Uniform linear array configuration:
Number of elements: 4
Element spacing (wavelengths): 0.25
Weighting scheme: exponential
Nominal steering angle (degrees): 45
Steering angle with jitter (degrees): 43.716
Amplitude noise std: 0.05
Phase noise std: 0.05

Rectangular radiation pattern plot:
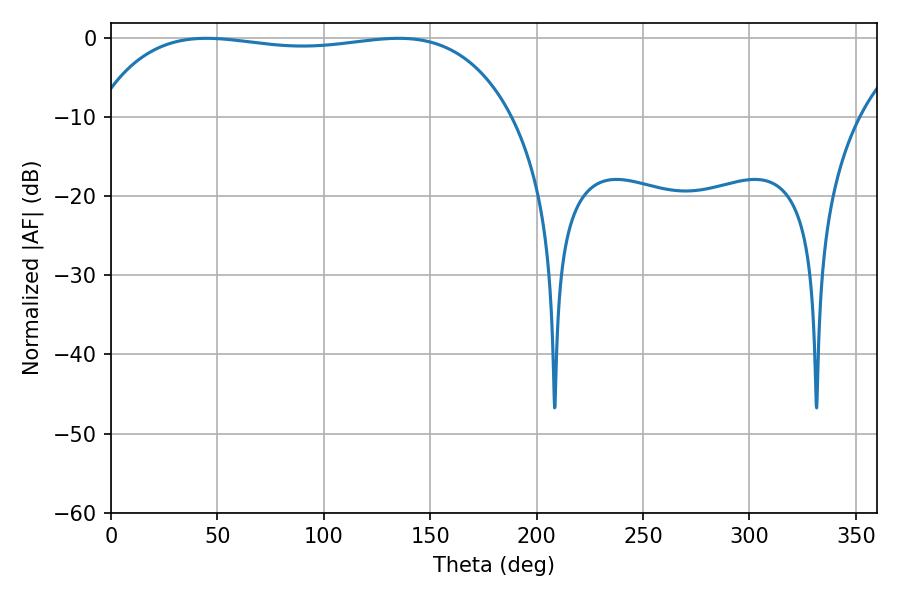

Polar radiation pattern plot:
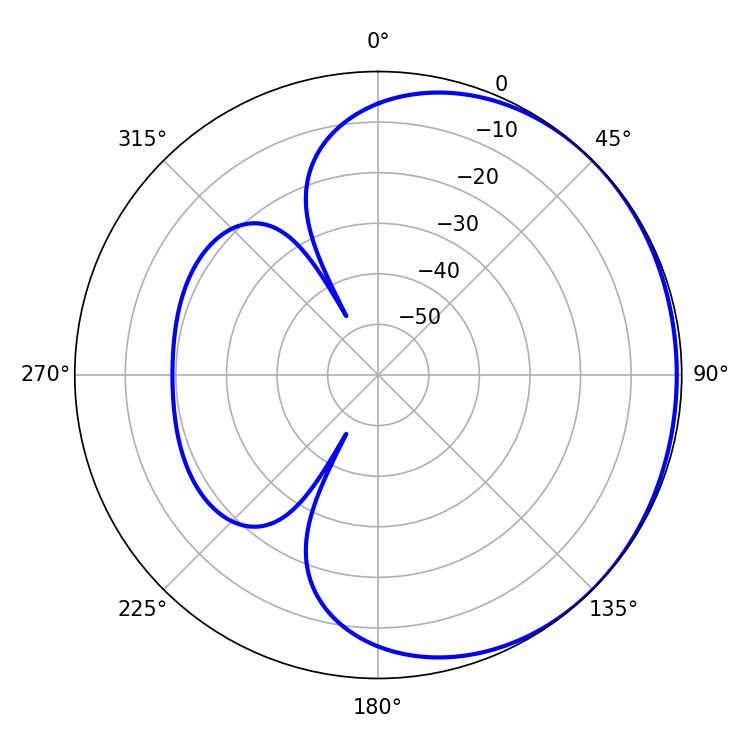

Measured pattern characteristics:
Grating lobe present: FALSE
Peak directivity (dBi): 0.6659
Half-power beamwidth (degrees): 156.6
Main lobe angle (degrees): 44.82